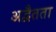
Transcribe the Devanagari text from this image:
अद्वैतता